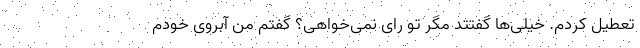
تعطیل کردم. خیلی‌ها گفتتد مگر تو رای نمی‌خواهی؟ گفتم من آبروی خودم